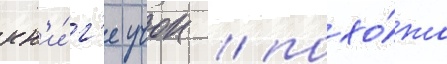
кн'и́г'е учок / похо́жа